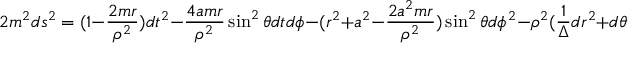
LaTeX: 2 m ^ { 2 } d s ^ { 2 } = ( 1 - \frac { 2 m r } { \rho ^ { 2 } } ) d t ^ { 2 } - \frac { 4 a m r } { \rho ^ { 2 } } \sin ^ { 2 } \theta d t d \phi - ( r ^ { 2 } + a ^ { 2 } - \frac { 2 a ^ { 2 } m r } { \rho ^ { 2 } } ) \sin ^ { 2 } \theta d \phi ^ { 2 } - \rho ^ { 2 } ( \frac { 1 } { \Delta } d r ^ { 2 } + d \theta ^ { 2 } ) ,